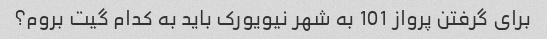
برای گرفتن پرواز 101 به شهر نیویورک باید به کدام گیت بروم؟